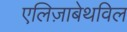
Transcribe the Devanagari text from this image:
एलिज़ाबेथविल